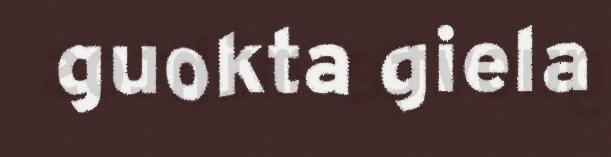
guokta giela